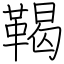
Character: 鞨